Annual statistical returns and brief notes on vaccination in Bengal - 1887-1898
Year: 1887
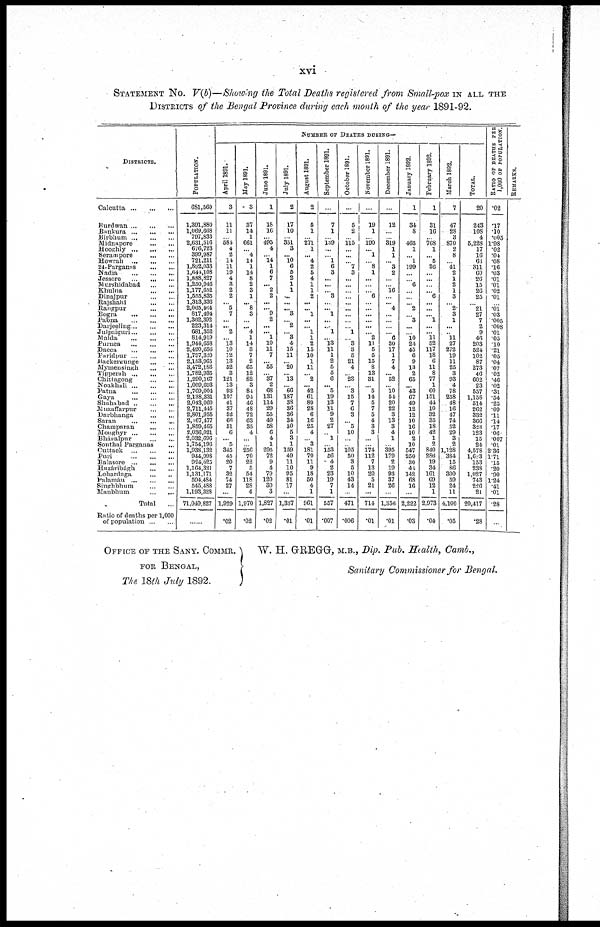
xvi
STATEMENT No. V(b)—Showing the Total Deaths registered from Small-pox IN ALL THE
DISTRICTS of the Bengal Province during each month of the year 1891-92.
DISTRICTS.
Calcutta
...
...
...
Burdwan
...
...
...
Bankura
...
...
...
Birbhum
...
...
...
Midnapore
...
...
Hooghly
...
...
...
Serampore
...
...
Howrah
...
...
...
24-Parganas
...
...
Nadia
...
...
...
Jessore
...
...
...
Murshidabad
...
...
Khulna
...
...
Dinajpur
...
...
Rajshahi
...
...
Rangpur
...
...
Bogra
...
...
...
Pabna
...
...
...
Darjeeling
...
...
...
Julpaiguri ... ... ...
Malda
...
...
...
Purnea
...
...
...
Dacca
...
...
...
Faridpur
...
...
...
Backergunge
...
...
Mymensingh
...
...
Tipperah
...
...
...
Chittagong
...
...
Noakhali
...
...
...
Patna
...
...
...
Gaya
...
...
...
Shububad ... ... ...
Muzaffarpur
...
...
Darbhanga
...
...
Saran
...
...
...
Champaran
...
...
Moughyr
...
...
...
Bhagalpur
...
...
Sonthal Parganas ...
Cuttack
...
...
...
Puri
...
...
...
Balasore
...
...
...
Hazáribágh
...
...
Lohardaga
...
...
Palamáu
...
...
...
Singhbhum
...
...
Manbhum
...
...
Total ...
Ratio of deaths per 1,000
of population
...
...
POPULATION.
681,560
1,391,880
1,069,668
797,833
2,631,516
676,723
399,987
721,211
1,892,033
1,644,108
1,888,827
1,250,946
1,177,652
1,555,835
1,313,336
2,005,464
817,494
1,362,392
223,314
681,352
814,919
1,944,058
2,420,656
1,797,320
2,153,965
3,472,186
1,782,935
1,290,167
1,009,693
1,769,004
2,138,331
2,043,060
2,711,445
2,801,955
2,167,477
1,859,465
2,036,021
2,032,696
1,754,196
1,938,132
944,998
994,623
1,164,321
1,131,171
594,484
545,488
1,193,328
71,049,827
......
NUMBER OF DEATHS DURING—
April 1891.
3
11
11
...
584
4
2
14
11
19
4
3
2
2
... 5
7
...
... 2
...
13 10
12
13
52
3
121
13
93
107
41
37
52
66
51
6
... 5
345
45
20
7
32
74
27
...
1,929
.02
May 1891.
3
37
14
1
661
...
4
14
1
14
8
2
3
1
... 8
3
...
... 4
1
14
3
7
2
65
12
82
3
84
94
46
48
72
63
35
4
...
...
250
70
22
5
54
118
28
4
1,970
.02
June 1891.
1
18
16
...
495
4
...
14
1
6
7
... 2
2
...
... 9
2
...
... 1
10
11
7
... 55
...
37
2
68
131
114
29
55
49
58
6
4
1
295
72
9
4
79
120
30
3
1,827
.02
July 1891.
2
17
10
...
351
3
... 10
6
5
2
1
1
...
...
... 3
... 2
...
3
4
15
11
... 20
... 13
...
66
187
38
36
36
34
30
5
3
1
159
49
11
10
95
81
17
...
1,337
.01
August 1891.
2
5
1
...
271
1
... 4
2
5
4
1
1
2
...
... 1
...
... 1
1
2
15
10
1
11
...
2
... 42
61
89
28
6
16
25
4
...
3
181
70
11
9
18
50
4
1
961
.01
September 1891.
...
7
1
...
139
...
...
1
6
3
...
...
... 3
...
... 1
...
...
1
... 13
11
1
2
5
5
6
... 5
19
13
11
9
2
27
...
1
...
153
56
4
2
23
19
7
1
557
.007
October 1891.
...
5
2
...
115
...
...
...
7
3
...
...
...
...
...
...
...
...
...
1
...
3
3
5
21
4
...
23
...
3
15
7
6
3
... 5
10
...
...
105
50
3
5
10
43
14
...
471
.006
November 1891.
...
19
1
...
190
... 1
...
8
1
...
...
...
6
...
...
...
...
...
...
2
11
5
5
15
8
13
31
...
5
14
5
7
5
4
3
3
...
...
174
112
7
13
20
5
21
...
714
.01
December 1891.
...
12
...
...
319
1
1
...
3
2
...
...
16
...
... 4
...
...
...
...
6
30
17
1
7
4
...
52
...
10 54
20
22
3
13
3
4
1
...
395
179
2
19
93
37
26
...
1,358
.01
January 1892.
1
34
8
...
465
1
... 1
199
...
...
6
...
...
...
2
...
3
...
...
10 24
45
6
9
13
2
65
...
43
67
49
12
12
10
16
10
2
10
547
250
30
44
142
68
16
...
2,222
.03
February 1892.
1
31
10
...
768
1
... 5
26
...
...
...
... 6
...
...
...
1
...
... 11
52
117
18
6
11
8
77
1
60
151
44
10
32
35
18
42
1
2
840
280
19
34
161
69
12
1
2,973
.04
March 1892.
7
47
28
3
870
2
8
...
41
2
1
2
1
3
... 2
3
1
...
...
11
27
272
19
11
25
3
93
4
78
258
48
16
47
74
52
29
3
2
1,128
384
15
86
300
59
24
11
4,100
.05
TOTAL.
20
243
108
4
6,228
17
16
63
311
60
26
15
26
25
...
21
27
7
2
9
46
203
524
102
87
273
46
602
23
657
1,158
514
262
332
366
323
123
15
24
4,578
1,623
153
238
1,027
743
226
21
20,417
.28
RATIO OF DEATHS PER
1,000 OF POPULATION.
.02
.17
.10
.005
1.98
.02
.04
.08
.16
.03
.01
.01
.02
.01
...
.01
.03
.005
.008
.01
.05
.10
.21
.05
.04
.07
.02
.46
.02
.31
.54
.25
.09
.11
.14
.17
.06
.007
.01
2.36
1.71
.15
.20
.90
1.24
.41
.01
.28
...
REMARKS.
OFFICE OF THE SANY. COMMR.
FOR BENGAL,
The 18ih July 1892.
W. H. GREGG, M.B., Dip. Pub. Health, Camb.,
Sanitary Commissioner for Bengal.